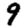
Digit: 9